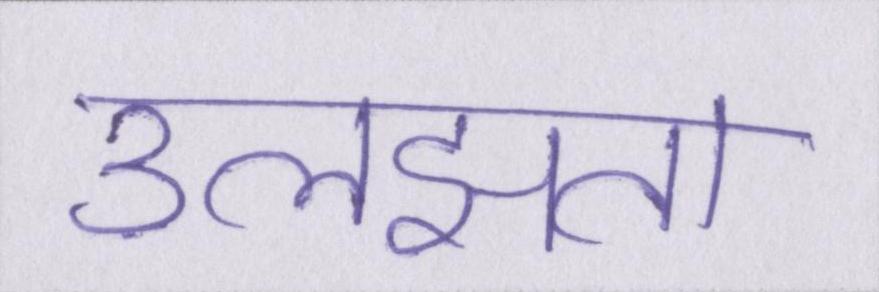
उलझता